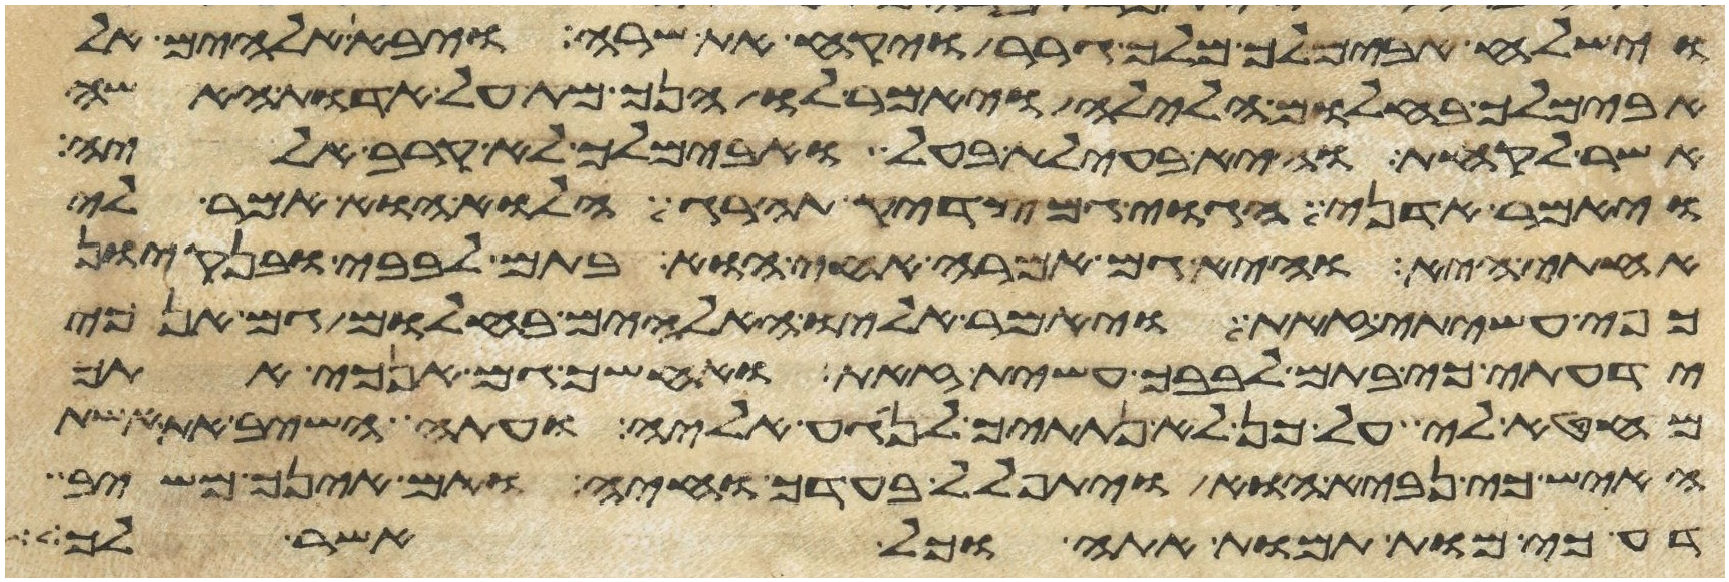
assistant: וישלח אבימלך מלך גרר ויקח את שרה ויבא אלהים אל
אבימלך בחלום הלילה ויאמר לו הנך מת על אדות האשה
אשר לקחת והיא בעילת בעל ואבימלך לא קרב אליה
ויאמר אדני הגוי גם צדיק תהרג הלוא הוא אמר לי
אחותי היא והיא גם אמרה אחי הוא בתם לבבי ובנקיון
כפי עשיתי זאת ויאמר אליו האלהים בחלום גם אנכי
ידעתי כי בתם לבבך עשית זאת ואחשך גם אנכי אתך
מחטאה לי על כן לא נתתיך לנגע אליה ועתה השב את אשת
האיש כי נביא הוא ויתפלל בעדך וחיה ואם אינך משיב
דע כי מות תמות אתה וכל אשר לך